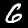
Digit: 6